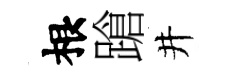
根蹌井